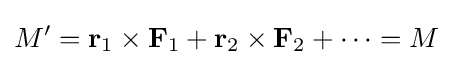
M'=\mathbf {r} _{1}\times \mathbf {F} _{1}+\mathbf {r} _{2}\times \mathbf {F} _{2}+\cdots =M